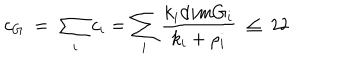
LaTeX: c _ { G } \ = \ \sum _ { i } c _ { i } = \sum _ { i } { \frac { k _ { i } d i m G _ { i } } { k _ { i } + \rho _ { i } } } \ \leq \ 2 2